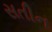
સતીન